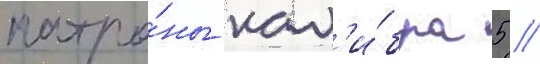
патро́ны кал'и́бра 5 /